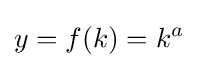
y=f(k)=k^{a}